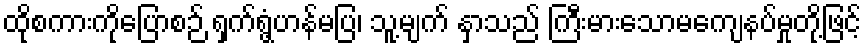
ထိုစကားကိုပြောစဉ် ရှက်ရွံ့ဟန်မပြ၊ သူ့မျက် နှာသည် ကြီးမားသောမကျေနပ်မှုတို့ဖြင့်